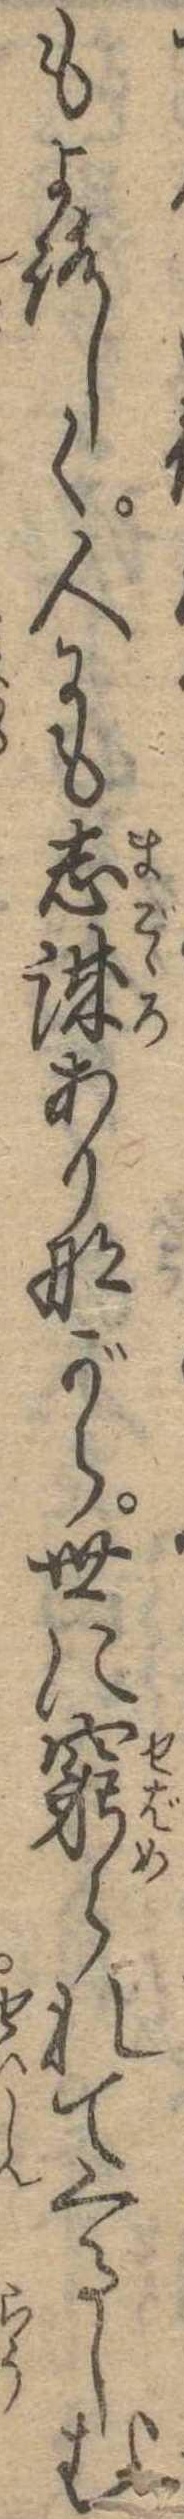
もよろしく人にも志誠ありながら世に窮られてくるしむ